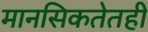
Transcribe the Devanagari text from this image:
मानसिकतेतही